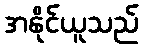
အနိုင်ယူသည်